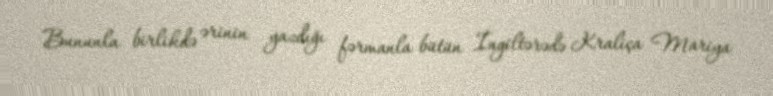
Bununla birlikdə ərinin yazdığı fərmanla bütün İngiltərədə Kraliça Mariya